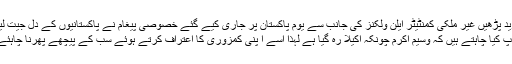
مزید پڑھیں غیر ملکی کمنٹیٹر ایلن ولکنز کی جانب سے یوم پاکستان پر جاری کیے گئے خصوصی پیغام نے پاکستانیوں کے دل جیت لیے
’آپ کیا چاہتے ہیں کہ وسیم اکرم چونکہ اکیلا رہ گیا ہے لہٰذا اسے ا پنی کمزوری کا اعتراف کرتے ہوئے سب کے پیچھے پھرنا چاہئے‘‘۔